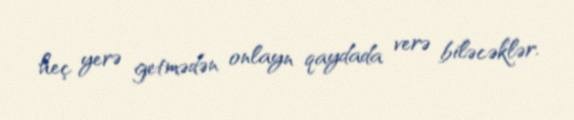
heç yerə getmədən onlayn qaydada verə biləcəklər.